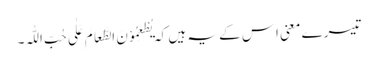
تیسرے معنی اِس کے یہ ہیں کہ یُطْعِمُوْنَ الطَّعَامَ عَلٰی حُبِّ اللّٰہِ۔